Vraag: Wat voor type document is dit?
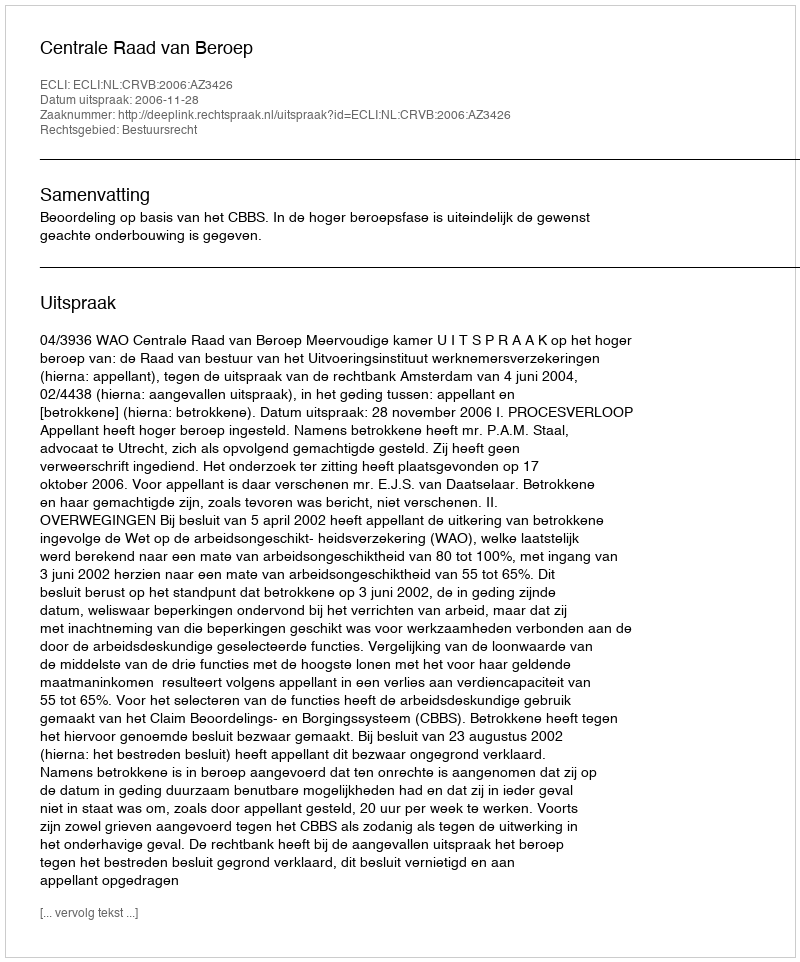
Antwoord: Uitspraak